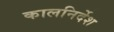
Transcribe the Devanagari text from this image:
कालनिर्देश